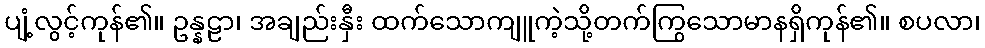
ပျံ့လွင့်ကုန်၏။ ဥန္နဠာ၊ အချည်းနှီး ထက်သောကျူကဲ့သို့တက်ကြွသောမာနရှိကုန်၏။ စပလာ၊